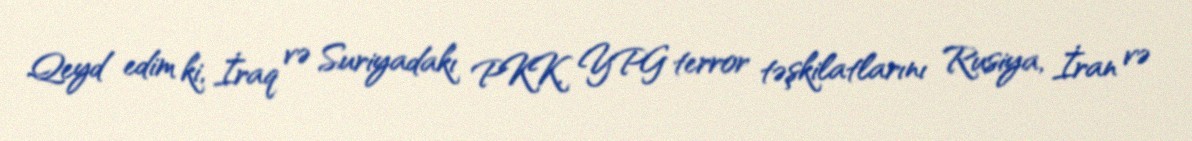
Qeyd edim ki, İraq və Suriyadakı PKK, YPG terror təşkilatlarını Rusiya, İran və